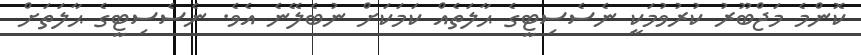
ކޮންމެ މަޖްބޫރު ކުރުވުމަކީ ނެސެސިޓީގެ ޙާލަތެއް ކަމަކަށް ނުބެލޭނެ އެވެ. ނެސެސިޓީގެ ޙާލަތަށް